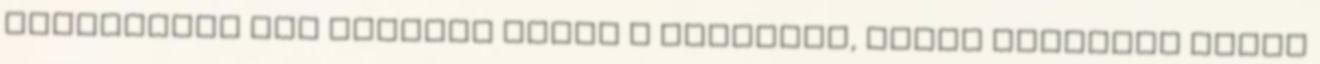
sorozattal már belopta magát a szívembe, Holly Blacktől ugyan